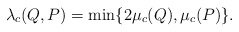
\begin{align*} \lambda_c(Q,P)=\min \{ 2\mu_c(Q), \mu_c(P) \}. \end{align*}